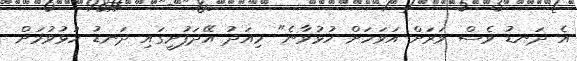
އެ ދަނޑު ވެސް ވަރަށް އަވަހަށް ހުޅުވާނެ" މިއަދު އޭދަފުށީގައި ދަނޑު ހުޅުވުމަށް